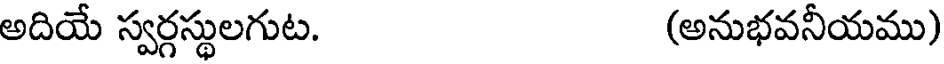
అదియే స్వర్గస్థులగుట. (అనుభవనీయము)